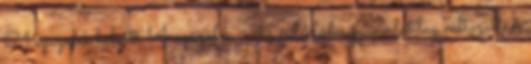
21 százalék helyett 14 százalék. Az érdeklődés gyakorlatilag változatlan